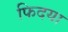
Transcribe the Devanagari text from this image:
फिदया